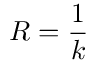
R = \frac { 1 } { k }